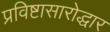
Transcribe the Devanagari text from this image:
प्रविष्टासारोद्धार